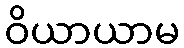
ဝိယာယာမ